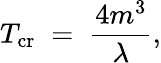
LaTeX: T_{\mathrm{cr}}\; =\; \frac{4m^{3}}{\lambda},